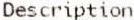
DESCRIPTION